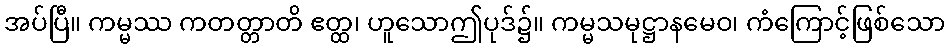
အပ်ပြီ။ ကမ္မဿ ကတတ္တာတိ ဧတ္ထ၊ ဟူသောဤပုဒ်၌။ ကမ္မသမုဋ္ဌာနမေဝ၊ ကံကြောင့်ဖြစ်သော